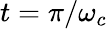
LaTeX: t=\pi/\omega_{c}